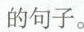
的句子。